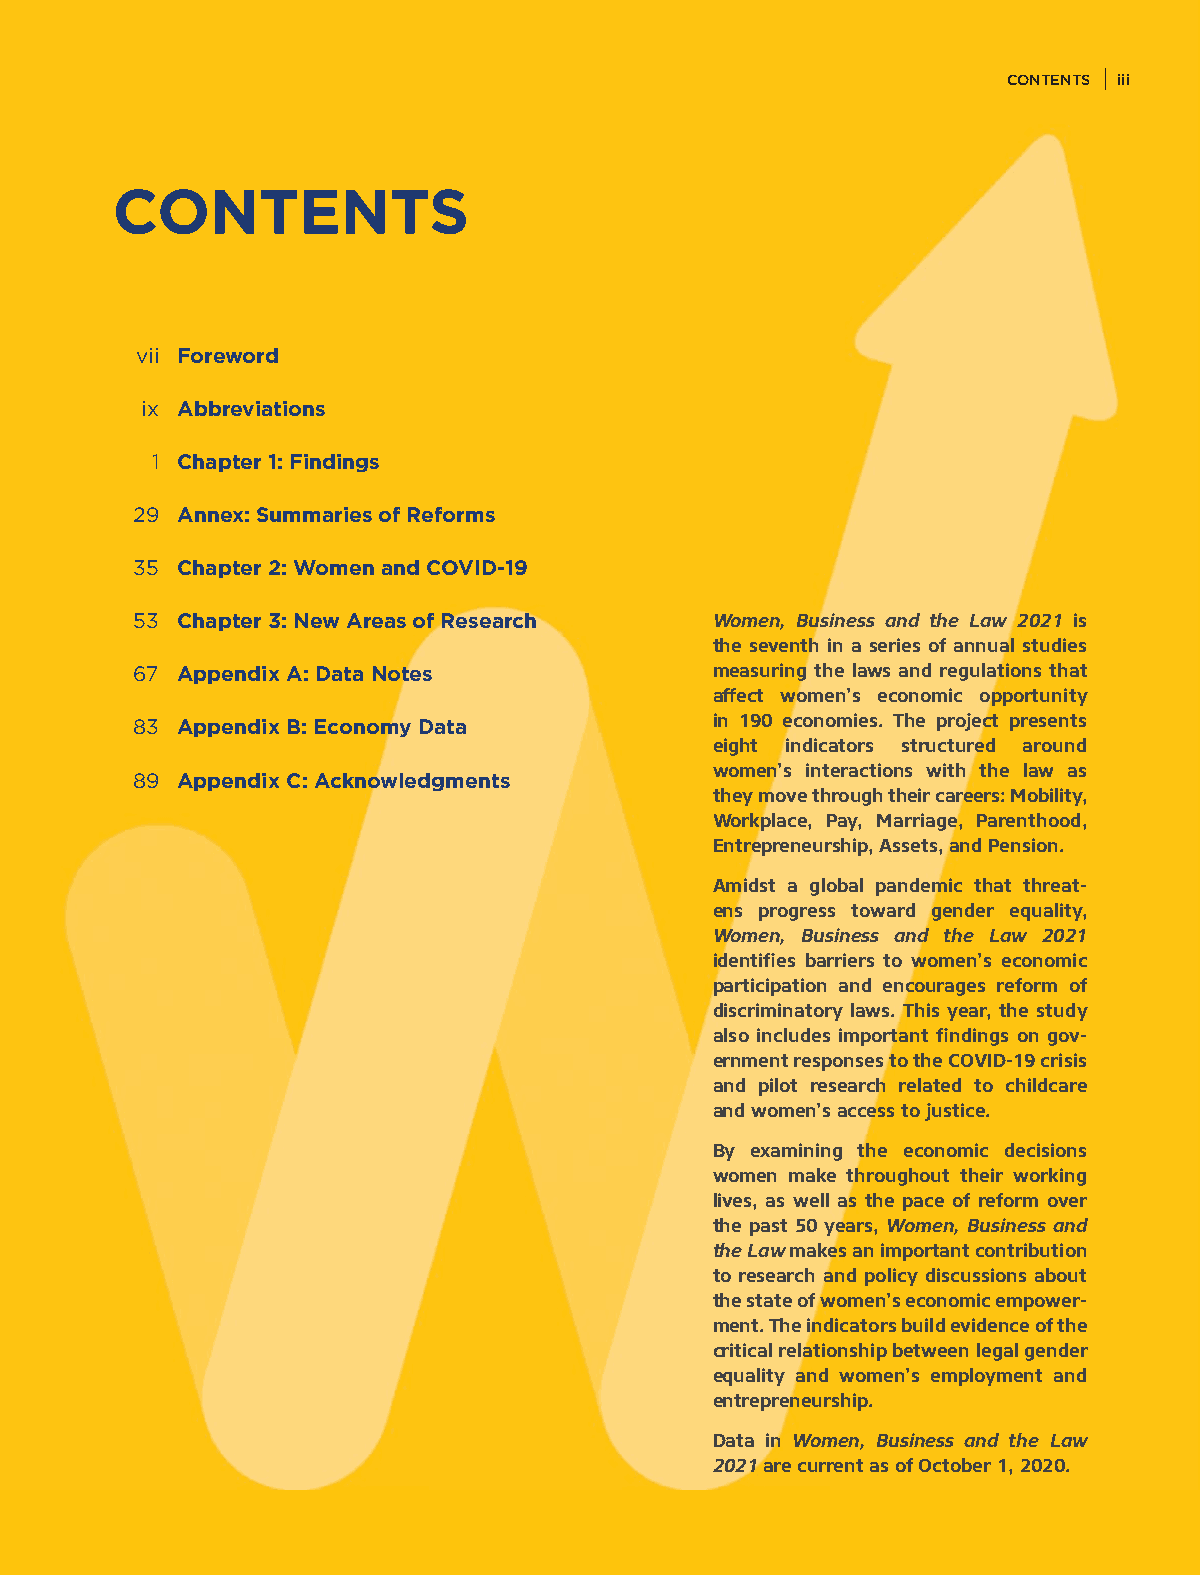
CONTENTS iiiiii
 CONTENTS
 vii Foreword
 ix Abbreviations
 1 Chapter 1: Findings
 29 Annex: Summaries of Reforms
 35 Chapter 2: Women and COVID-19
 53 Chapter 3: New Areas of Research   Women, Business and the Law 2021 is
 the seventh in a series of annual studies
 67 Appendix A: Data Notes             measuring the laws and regulations that
 affect women’s economic opportunity
 83 Appendix B: Economy Data           in 190 economies. The project presents
 eight indicators structured around
 women’s interactions with the law as
 89 Appendix C: Acknowledgments
 they move through their careers: Mobility,
 Work place, Pay, Marriage, Parenthood,
 Entre preneur ship, Assets, and Pension.
 Amidst a global pandemic that threat-
 ens progress toward gender equality,
 Women, Business and the Law 2021
 identifies barriers to women’s economic
 participation and encourages reform of
 discriminatory laws. This year, the study
 also includes important findings on gov-
 ernment responses to the COVID-19 crisis
 and pilot research related to childcare
 and women’s access to justice.
 By examining the economic decisions
 women make throughout their working
 lives, as well as the pace of reform over
 the past 50 years, Women, Business and
 the Law makes an important contribution
 to research and policy discussions about
 the state of women’s economic empower-
 ment. The indicators build evidence of the
 critical relationship between legal gender
 equality and women’s employment and
 entrepreneurship.
 Data in Women, Business and the Law
 2021 are current as of October 1, 2020.